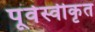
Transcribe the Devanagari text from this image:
पूर्वस्वीकृत